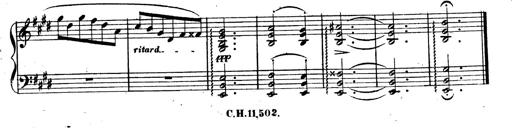
Title: 3 Caprices-Valses
Composer: Franz Liszt